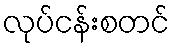
လုပ်ငန်းစတင်